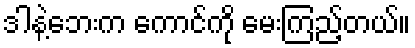
ဒါနဲ့ဘေးက ကောင်ကို မေးကြည့်တယ်။